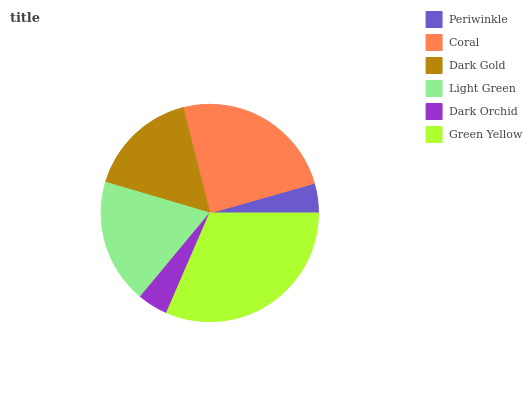
| Periwinkle | Coral | Dark Gold | Light Green | Dark Orchid | Green Yellow |
 | --- | --- | --- | --- | --- | --- |
 | 4.39% | 24.5% | 16.6% | 18.5% | 4.52% | 31.5% |